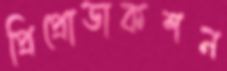
প্রিপ্রোডাকশন